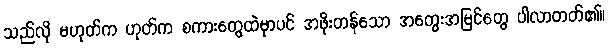
သည်လို မဟုတ်က ဟုတ်က စကားတွေထဲမှာပင် အဖိုးတန်သော အတွေးအမြင်တွေ ပါလာတတ်၏။